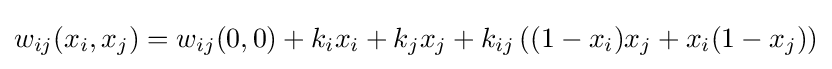
w_{ij}(x_{i},x_{j})=w_{ij}(0,0)+k_{i}x_{i}+k_{j}x_{j}+k_{ij}\left((1-x_{i})x_{j}+x_{i}(1-x_{j})\right)